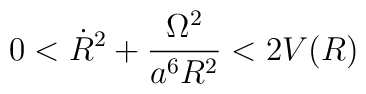
0<\dot{R}^{2}+\frac{\Omega^{2}}{a^{6}R^{2}}<2V(R)